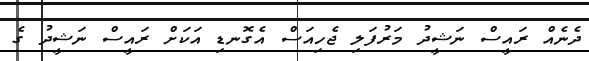
ދެނެއް ރައީސް ނަޝީދު މަރުފަލި ޖެހިއަސް އެގޮނޑި އަކަށް ރައީސް ނަޝީދު ގެ